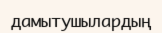
дамытушылардың